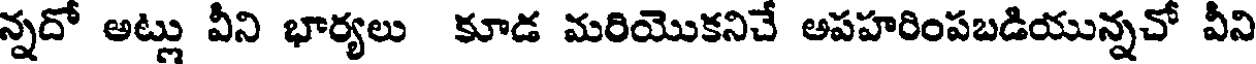
న్నదో అట్లు వీని భార్యలు కూడ మరియొకనిచే అపహరింపబడియున్నచో వీని